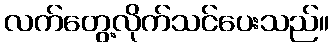
လက်တွေ့လိုက်သင်ပေးသည်။